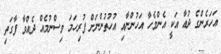
އަހަަރެންގެ ދުޢާ އަކީ އެންމެހާ އަހުންނާއި އުހުތުންނަށް ފުރިހަމަ ވިސްނުމެއް ދެއްވާ ފާގަތި